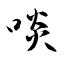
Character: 啖